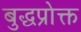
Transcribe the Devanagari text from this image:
बुद्धप्रोक्त